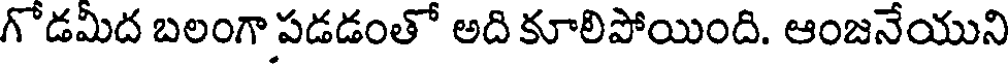
గొడమిద బలంగా పడడంతో అది కూలిపోయింది. ఆంజనేయుని